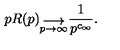
p R ( p ) _ { \stackrel { \displaystyle \longrightarrow } { p \rightarrow \infty } } { \frac { 1 } { p ^ { c _ { \infty } } } } .